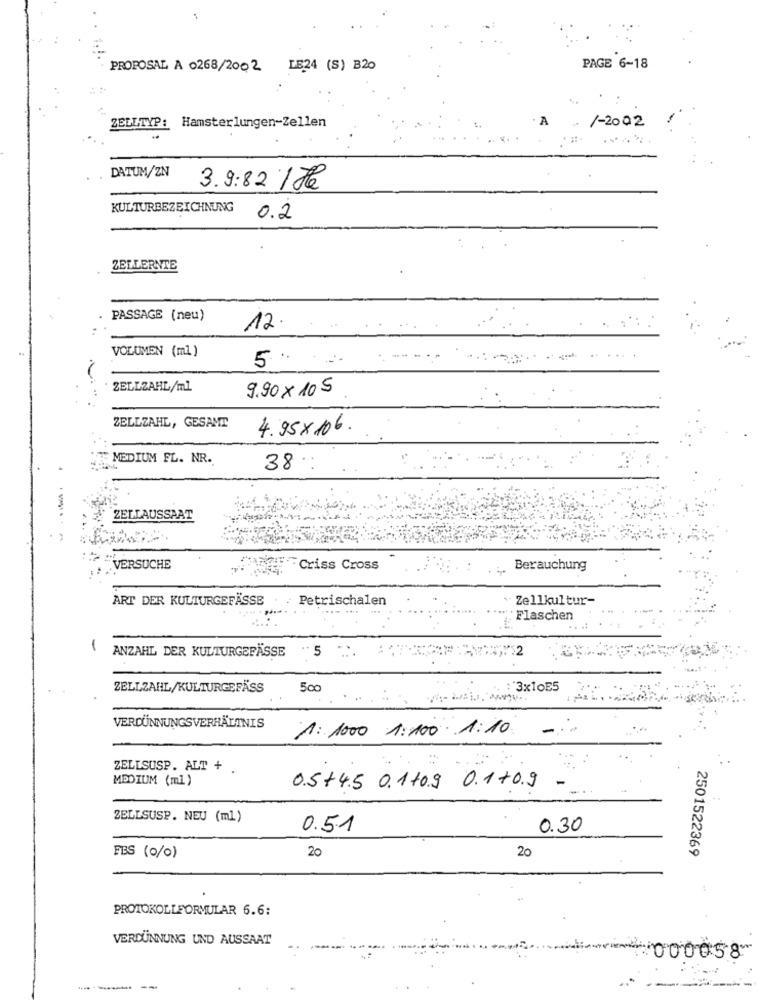
PROPOSAL A 0268/2002 LE24 (S) B20
PAGE 6-18
/-2002
ZELLTYP: Hamsterlungen-Zellen
DATUM/ZN
3.9:82 / Je
KULTURBEZEICHNUNG
0.2
ZELLERNTE
PASSAGE (neu)
12.
VOLUMEN (ml )
5
ZELLZAHL/ml
9.90 × 105
ZELLZAHL, GESAMT
4.95x 106.
MEDIUM FL. NR.
38
ZELLAUSSAAT
.
VERSUCHE
Criss Cross
.:
Berauchung
ART DER KULTURGEFÄSSE
Petrischalen
Zellkultur-
Flaschen
1
ANZAHL DER KULTURGEFÄSSE
.. 5
ZELLZAHL/KULTURGEFÄSS
500
3x10E5
---
VERDÜNNUNGSVERHÄLTNIS
1: 1000 1:100 1:10
ZELLSUSP. ALT + .
MEDIUM (ml)
05+45 0.1+0.9 0.1.70.9
-
ZELLSUSP. NEU (ml)
0.51
0.30
20
20
FES (0/0)
2501522369
PROTOKOLLFORMULAR 6.6:
VERDÜNNUNG UND AUSSAAT
-000058
---